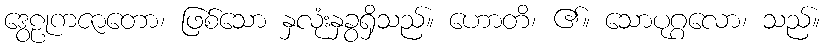
ဒွေဠုကဇာတော၊ ဖြစ်သော နှလုံးနှခွရှိသည်။ ဟောတိ၊ ၏။ သောပုဂ္ဂလော၊ သည်။